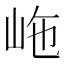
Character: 𡶊